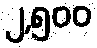
၂,၅၀၀